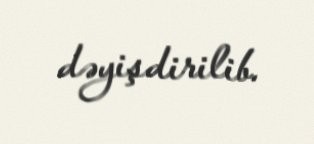
dəyişdirilib.